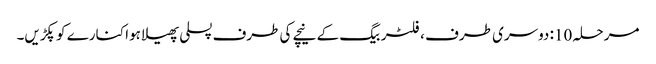
مرحلہ 10: دوسری طرف ، فلٹر بیگ کے نیچے کی طرف پسلی پھیلا ہوا کنارے کو پکڑیں۔